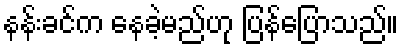
နန်းခင်က နေခဲ့မည်ဟု ပြန်ပြောသည်။